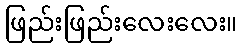
ဖြည်းဖြည်းလေးလေး။